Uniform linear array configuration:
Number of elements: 4
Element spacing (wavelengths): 0.5
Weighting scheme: hann
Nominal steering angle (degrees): -30
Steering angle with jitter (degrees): -29.548
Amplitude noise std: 0.05
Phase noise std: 0.05

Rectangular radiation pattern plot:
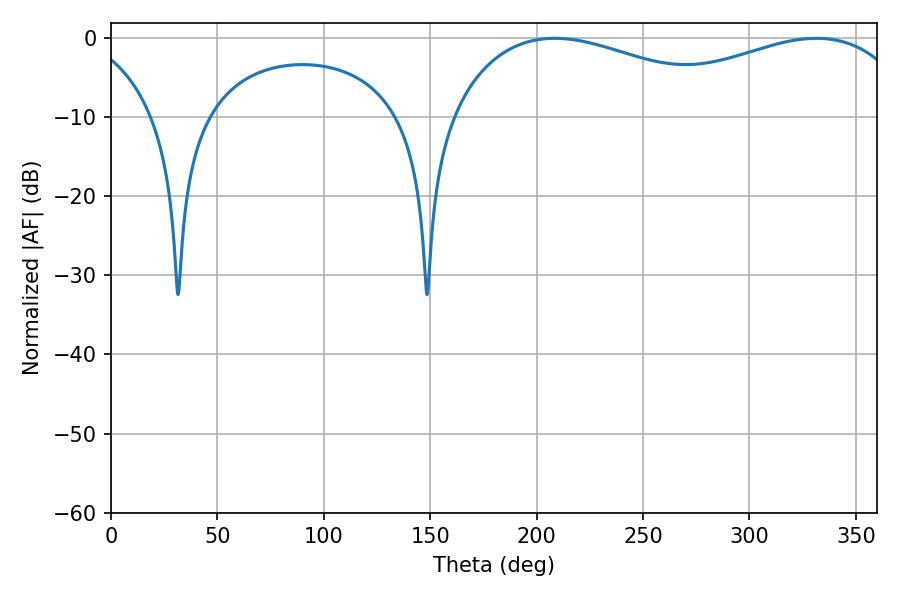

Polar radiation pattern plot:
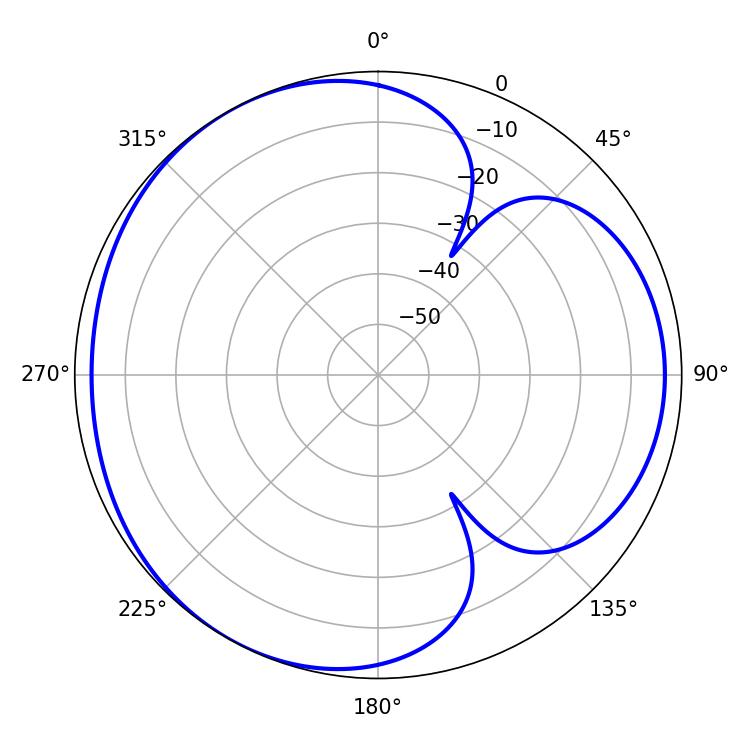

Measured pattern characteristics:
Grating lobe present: FALSE
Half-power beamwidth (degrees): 77.76
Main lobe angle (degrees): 331.56